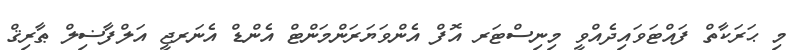
މި ޙަރަކާތް ފައްޓަވައިދެއްވީ މިނިސްޓަރ އޮފް އެންވަޔަރަންމަންޓް އެންޑް އެނަރޖީ އަލްފާޟިލް ޠާރިޤް